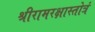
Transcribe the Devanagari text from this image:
श्रीरामरक्षास्तोत्रं